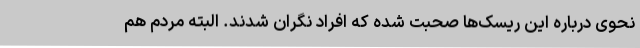
نحوی درباره این ریسک‌ها صحبت شده که افراد نگران شدند. البته مردم هم